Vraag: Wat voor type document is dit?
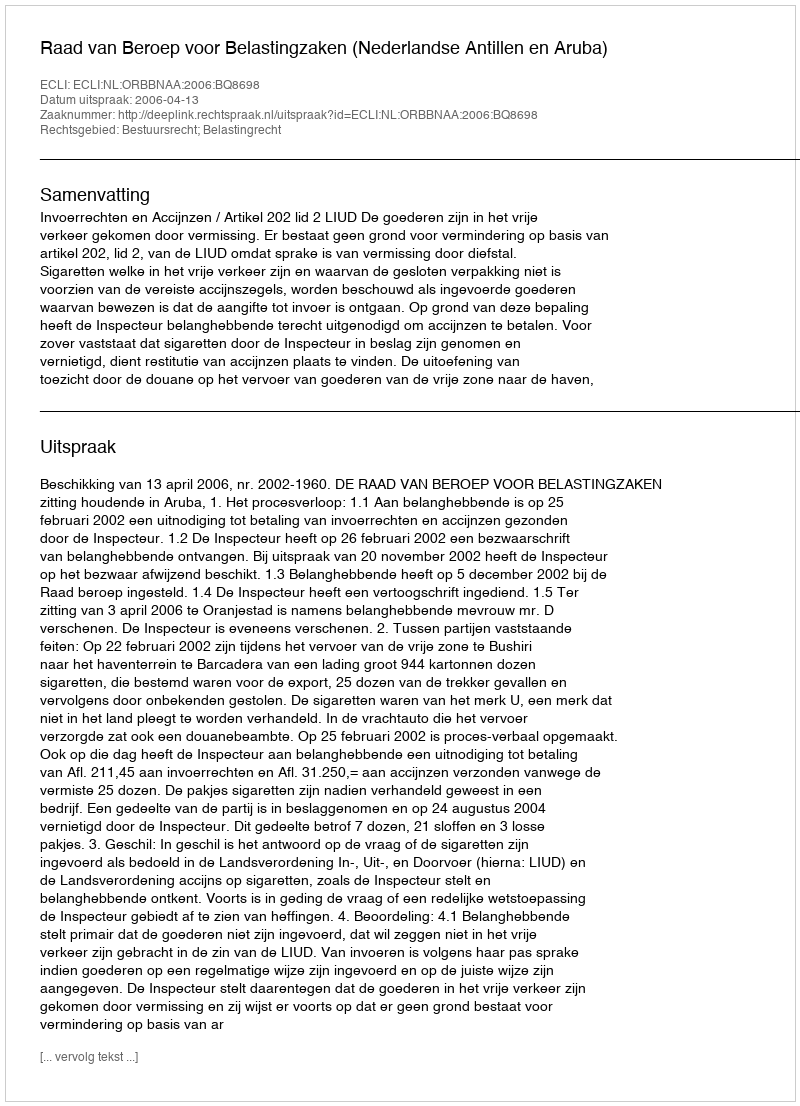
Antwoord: Uitspraak